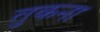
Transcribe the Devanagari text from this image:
तुकना